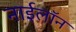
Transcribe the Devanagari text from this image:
नाईलॉन